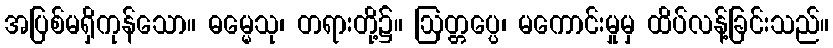
အပြစ်မရှိကုန်သော။ ဓမ္မေသု၊ တရားတို့၌။ ဩတ္တပ္ပေ၊ မကောင်းမှုမှ ထိပ်လန့်ခြင်းသည်။